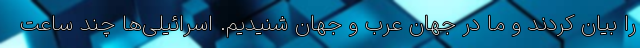
را بیان کردند و ما در جهان عرب و جهان شنیدیم. اسرائیلی‌ها چند ساعت